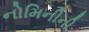
નોમિનીની